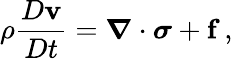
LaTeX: \rho{\frac{D\mathbf{v}}{Dt}}={\boldsymbol{\nabla}}\cdot{\boldsymbol{\sigma}}+\mathbf{f}\, ,